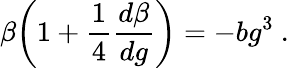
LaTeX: \beta\biggl(1+{\frac{1}{4}}{\frac{d\beta}{dg}}\biggr)=-bg^{3}~.